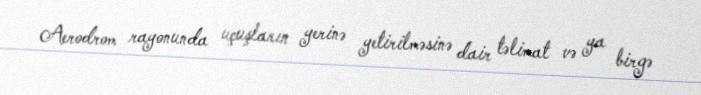
Aerodrom rayonunda uçuşların yerinə yetirilməsinə dair təlimat və ya birgə